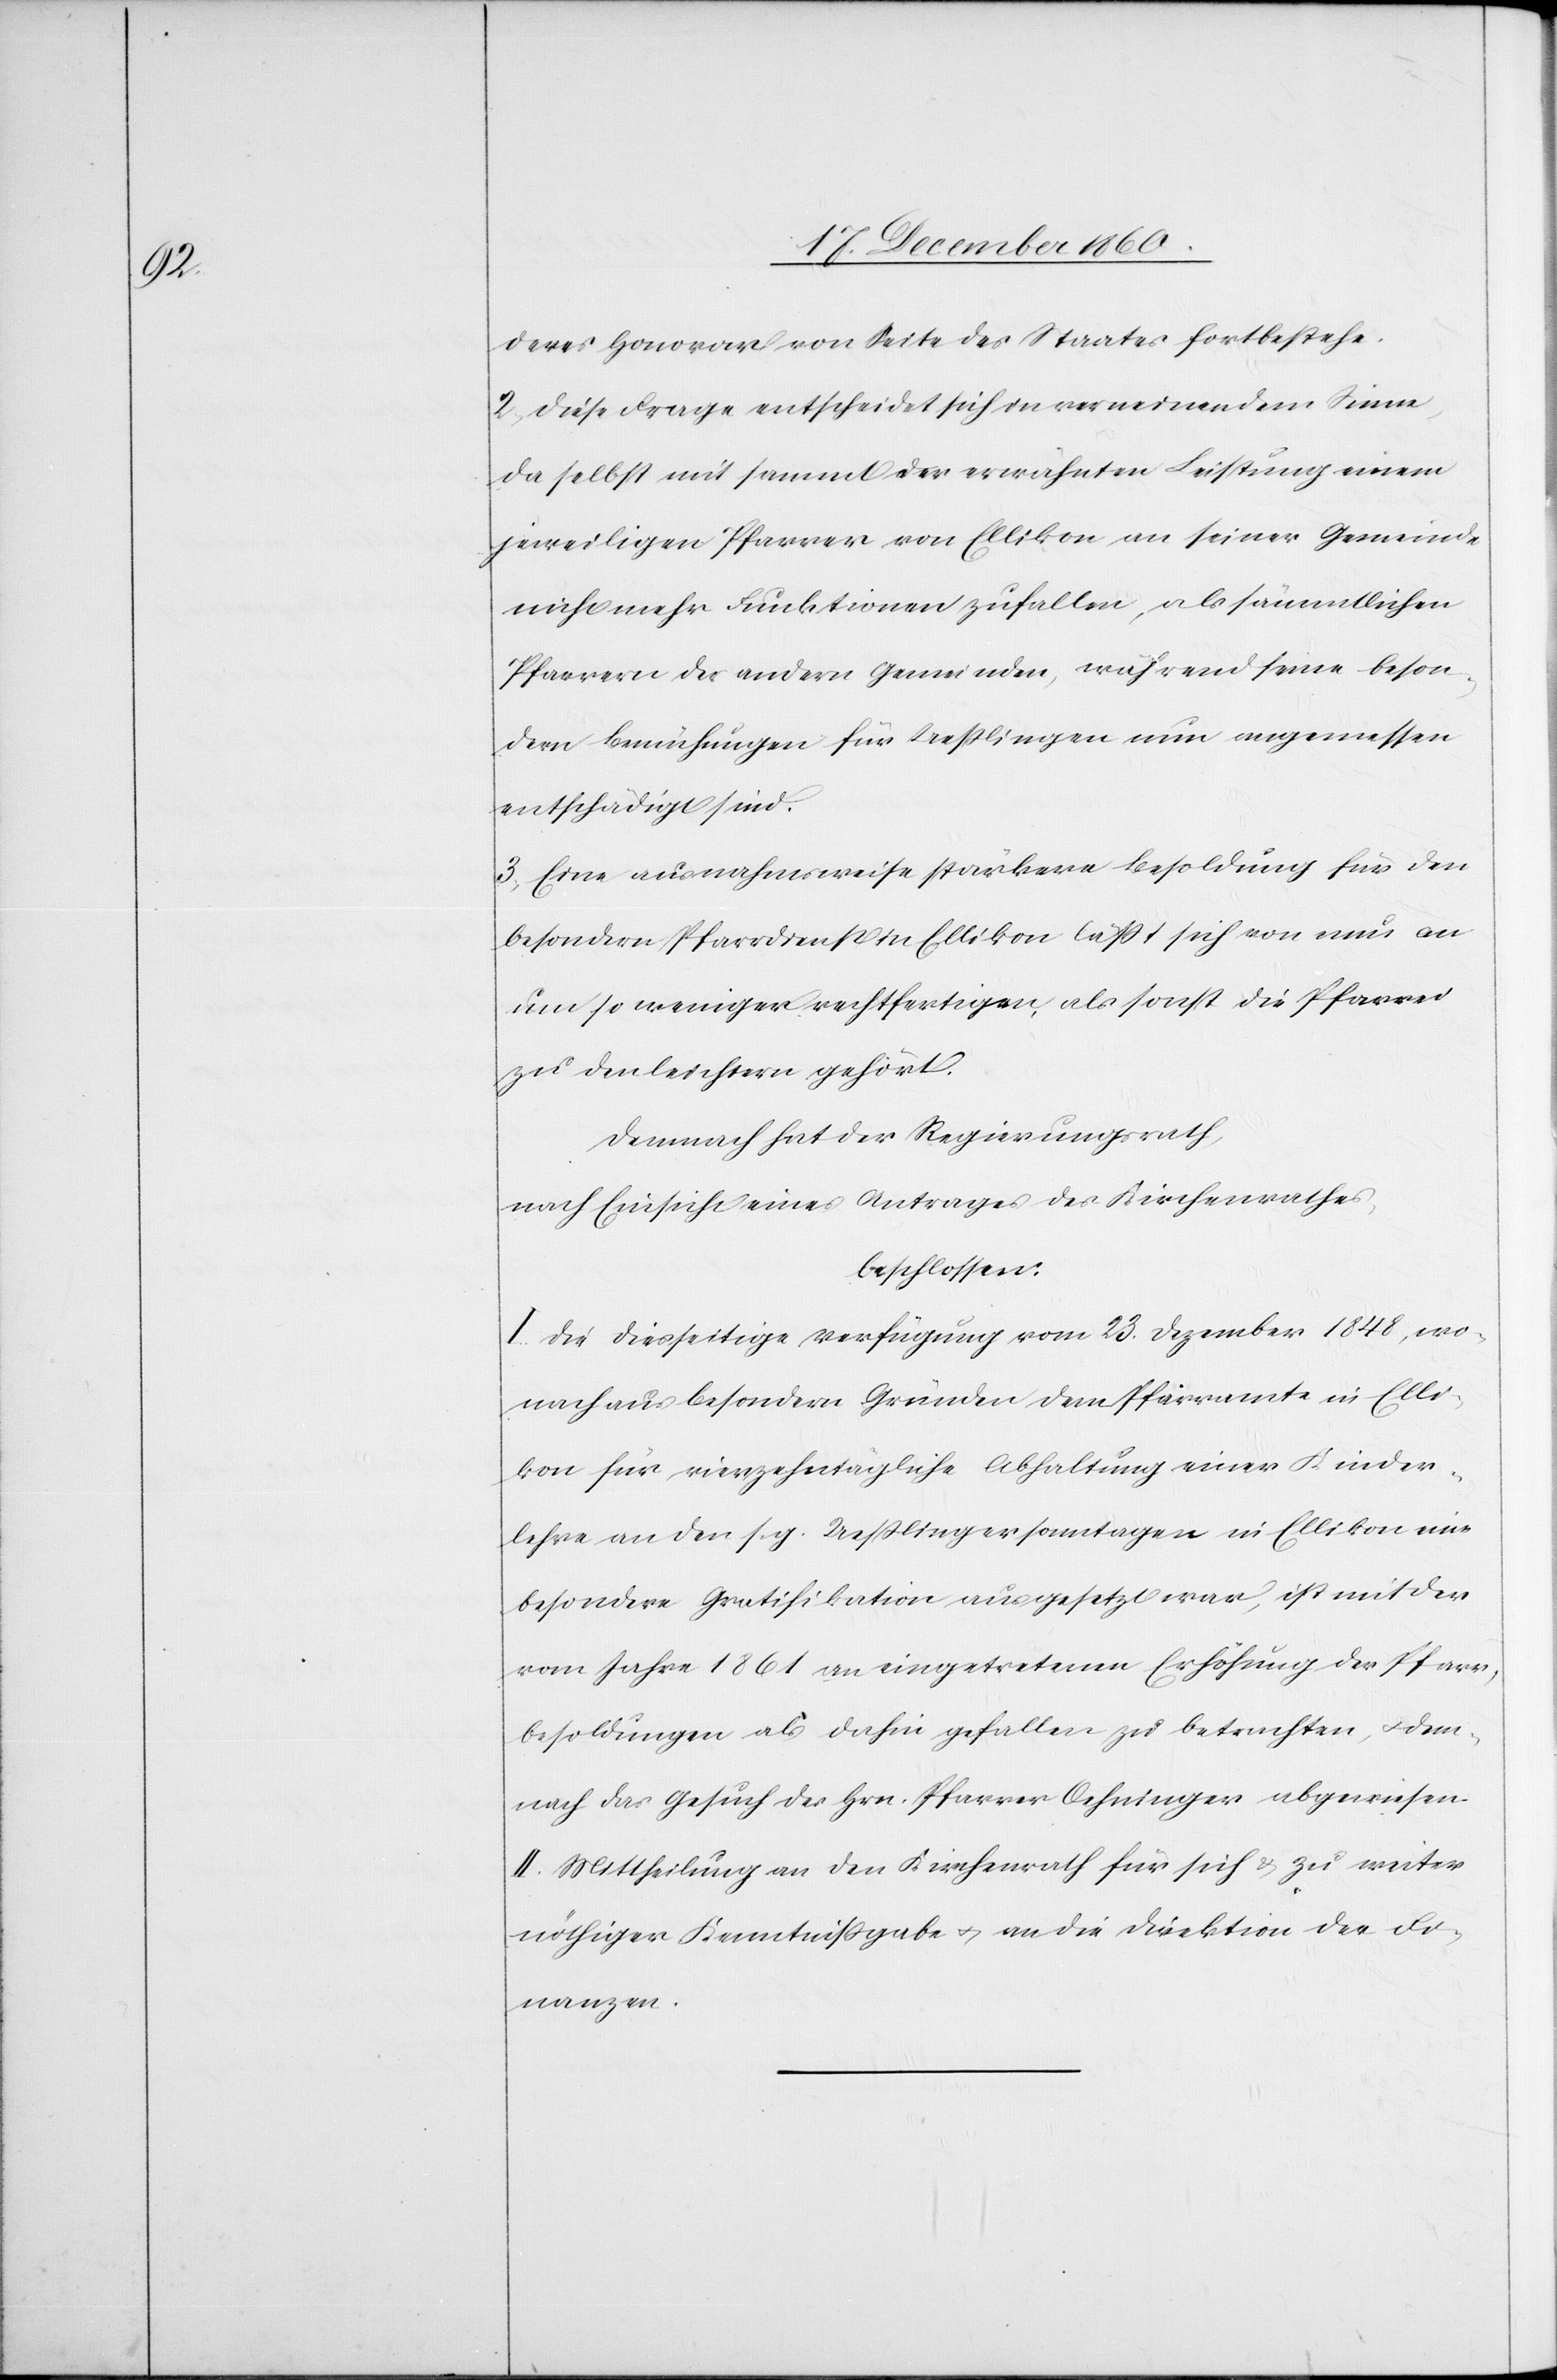
deres Honorar von Seite des Staates fortbestehe.
2) Diese Frage entscheidet sich in verneinendem Sinne,
da selbst mit sammt der erwähnten Leistung einem
jeweiligen Pfarrer von Ellikon an seiner Gemeinde
nicht mehr Funktionen zufallen, als sämmtlichen
Pfarrern der andern Gemeinden, während seine beson¬
dern Bemühungen für Ueßlingen nun angemessen
entschädigt sind.
3) Eine ausnahmsweise stärkere Besoldung für den
besondern Pfarrdienst in Ellikon läßt sich von nun an
um so weniger rechtfertigen, als sonst die Pfarrei
zu den leichtern gehört.
Demnach hat der Regierungsrath,
nach Einsicht eines Antrages des Kirchenrathes,
beschlossen:
I. Die diesseitige Verfügung vom 23. Dezember 1848, wo¬
nach aus besondern Gründen dem Pfarramte in Elli¬
kon für vierzehntägliche Abhaltung einer Kinder¬
lehre an den s. g. Ueßlingersonntagen in Ellikon eine
besondere Gratifikation ausgesetzt war, ist mit der
vom Jahre 1861 an eingetretenen Erhöhung der Pfarr¬
besoldungen als dahin gefallen zu betrachten, u. dem¬
nach das Gesuch des Hrn. Pfarrer Oehninger abgewiesen.
II. Mittheilung an den Kirchenrath für sich & zu weiter
nöthiger Kenntnißgabe u. an die Direktion der Fi¬
nanzen.